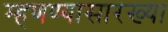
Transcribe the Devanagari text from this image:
म्हणण्यासारख्या